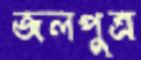
জলপুত্র